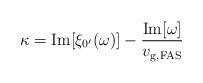
LaTeX: \begin{align*}\kappa = {\rm Im}[\xi_{0'}(\omega)] - \frac{{\rm Im}[\omega]}{v_{\rm g,FAS}}\end{align*}